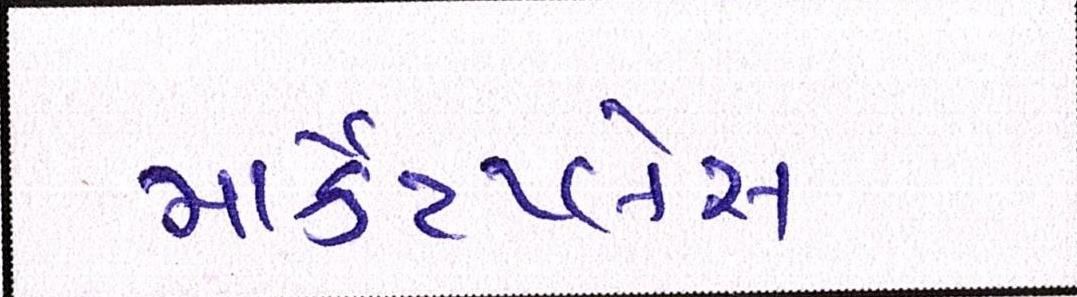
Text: માર્કેટપ્લેસ